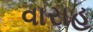
વારાહ